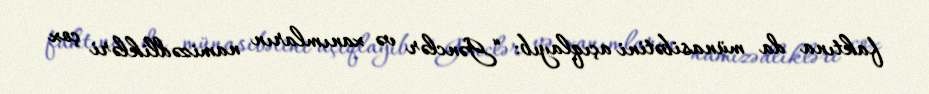
faktına da münasibətini açıqlayıb: “Gənclər və xanımların namizədlikləri çox